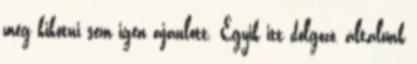
még kikötni sem igen ajánlott. Egyik itt dolgozó, általunk